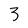
Character: 3